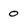
Character: 0